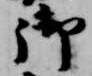
御